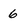
Character: 6